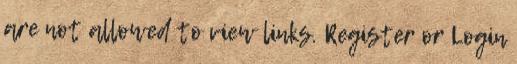
are not allowed to view links. Register or Login